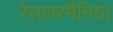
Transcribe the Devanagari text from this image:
रेसलरमैनिया